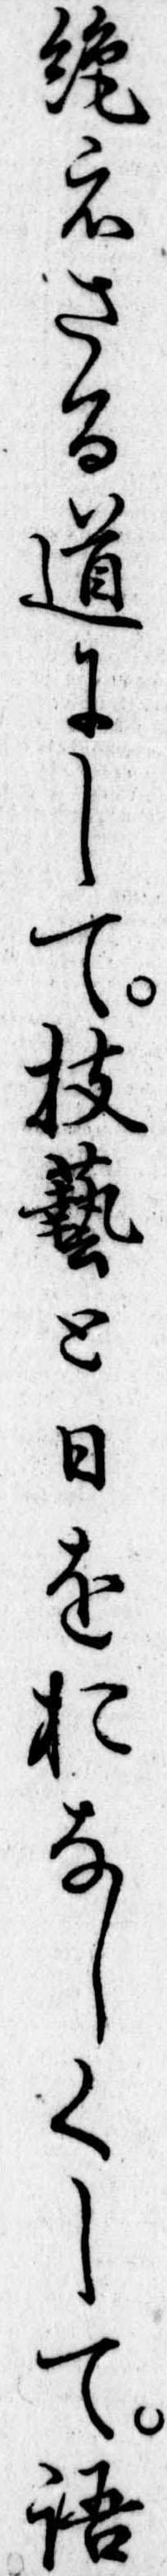
絶えさる道にして技芸と日をおなしくして語